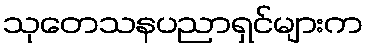
သုတေသနပညာရှင်များက